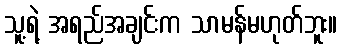
သူ့ရဲ့ အရည်အချင်းက သာမန်မဟုတ်ဘူး။